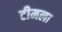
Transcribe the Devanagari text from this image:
टीमला